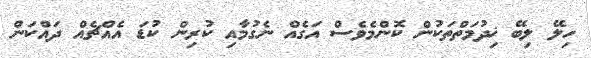
ހިލޭ ލިބޭ ޚިދުމަތްތަކުން ކޮންމެވެސް އަގެއް ނެގުމާއި ކުރިން ކުޑަ އެއްޗެއް ދައްކަން